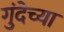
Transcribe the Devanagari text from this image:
गुंदेच्या